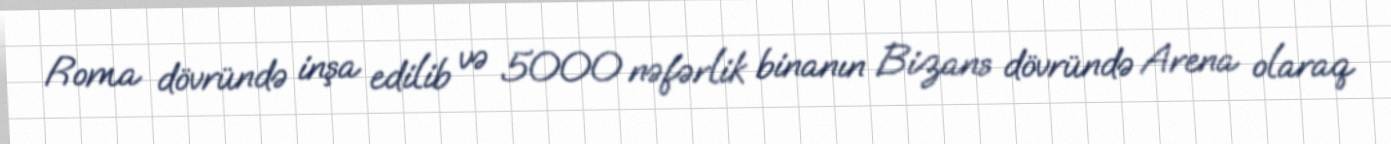
Roma dövründə inşa edilib və 5000 nəfərlik binanın Bizans dövründə Arena olaraq